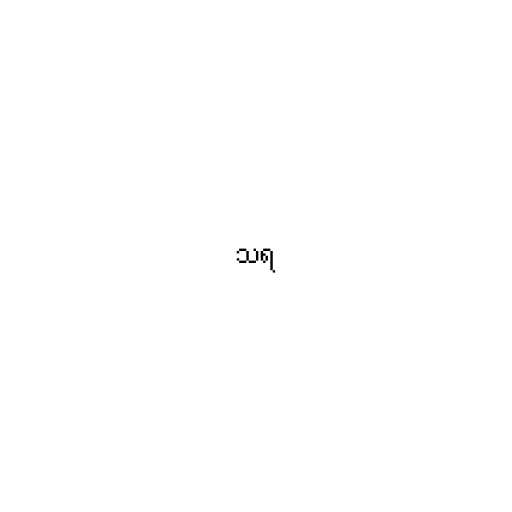
သရ